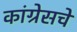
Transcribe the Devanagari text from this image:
कांग्रेसचे